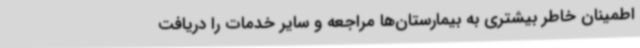
اطمینان خاطر بیشتری به بیمارستان‌ها مراجعه و سایر خدمات را دریافت